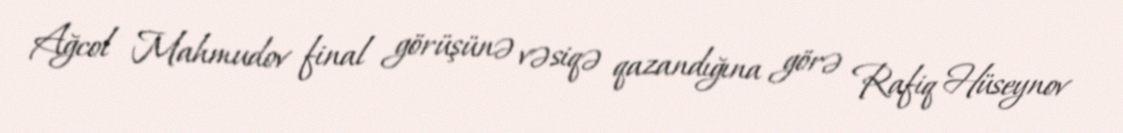
Ağcol Mahmudov final görüşünə vəsiqə qazandığına görə Rafiq Hüseynov